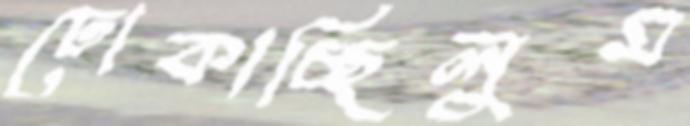
ঢোকাচ্ছিলুম